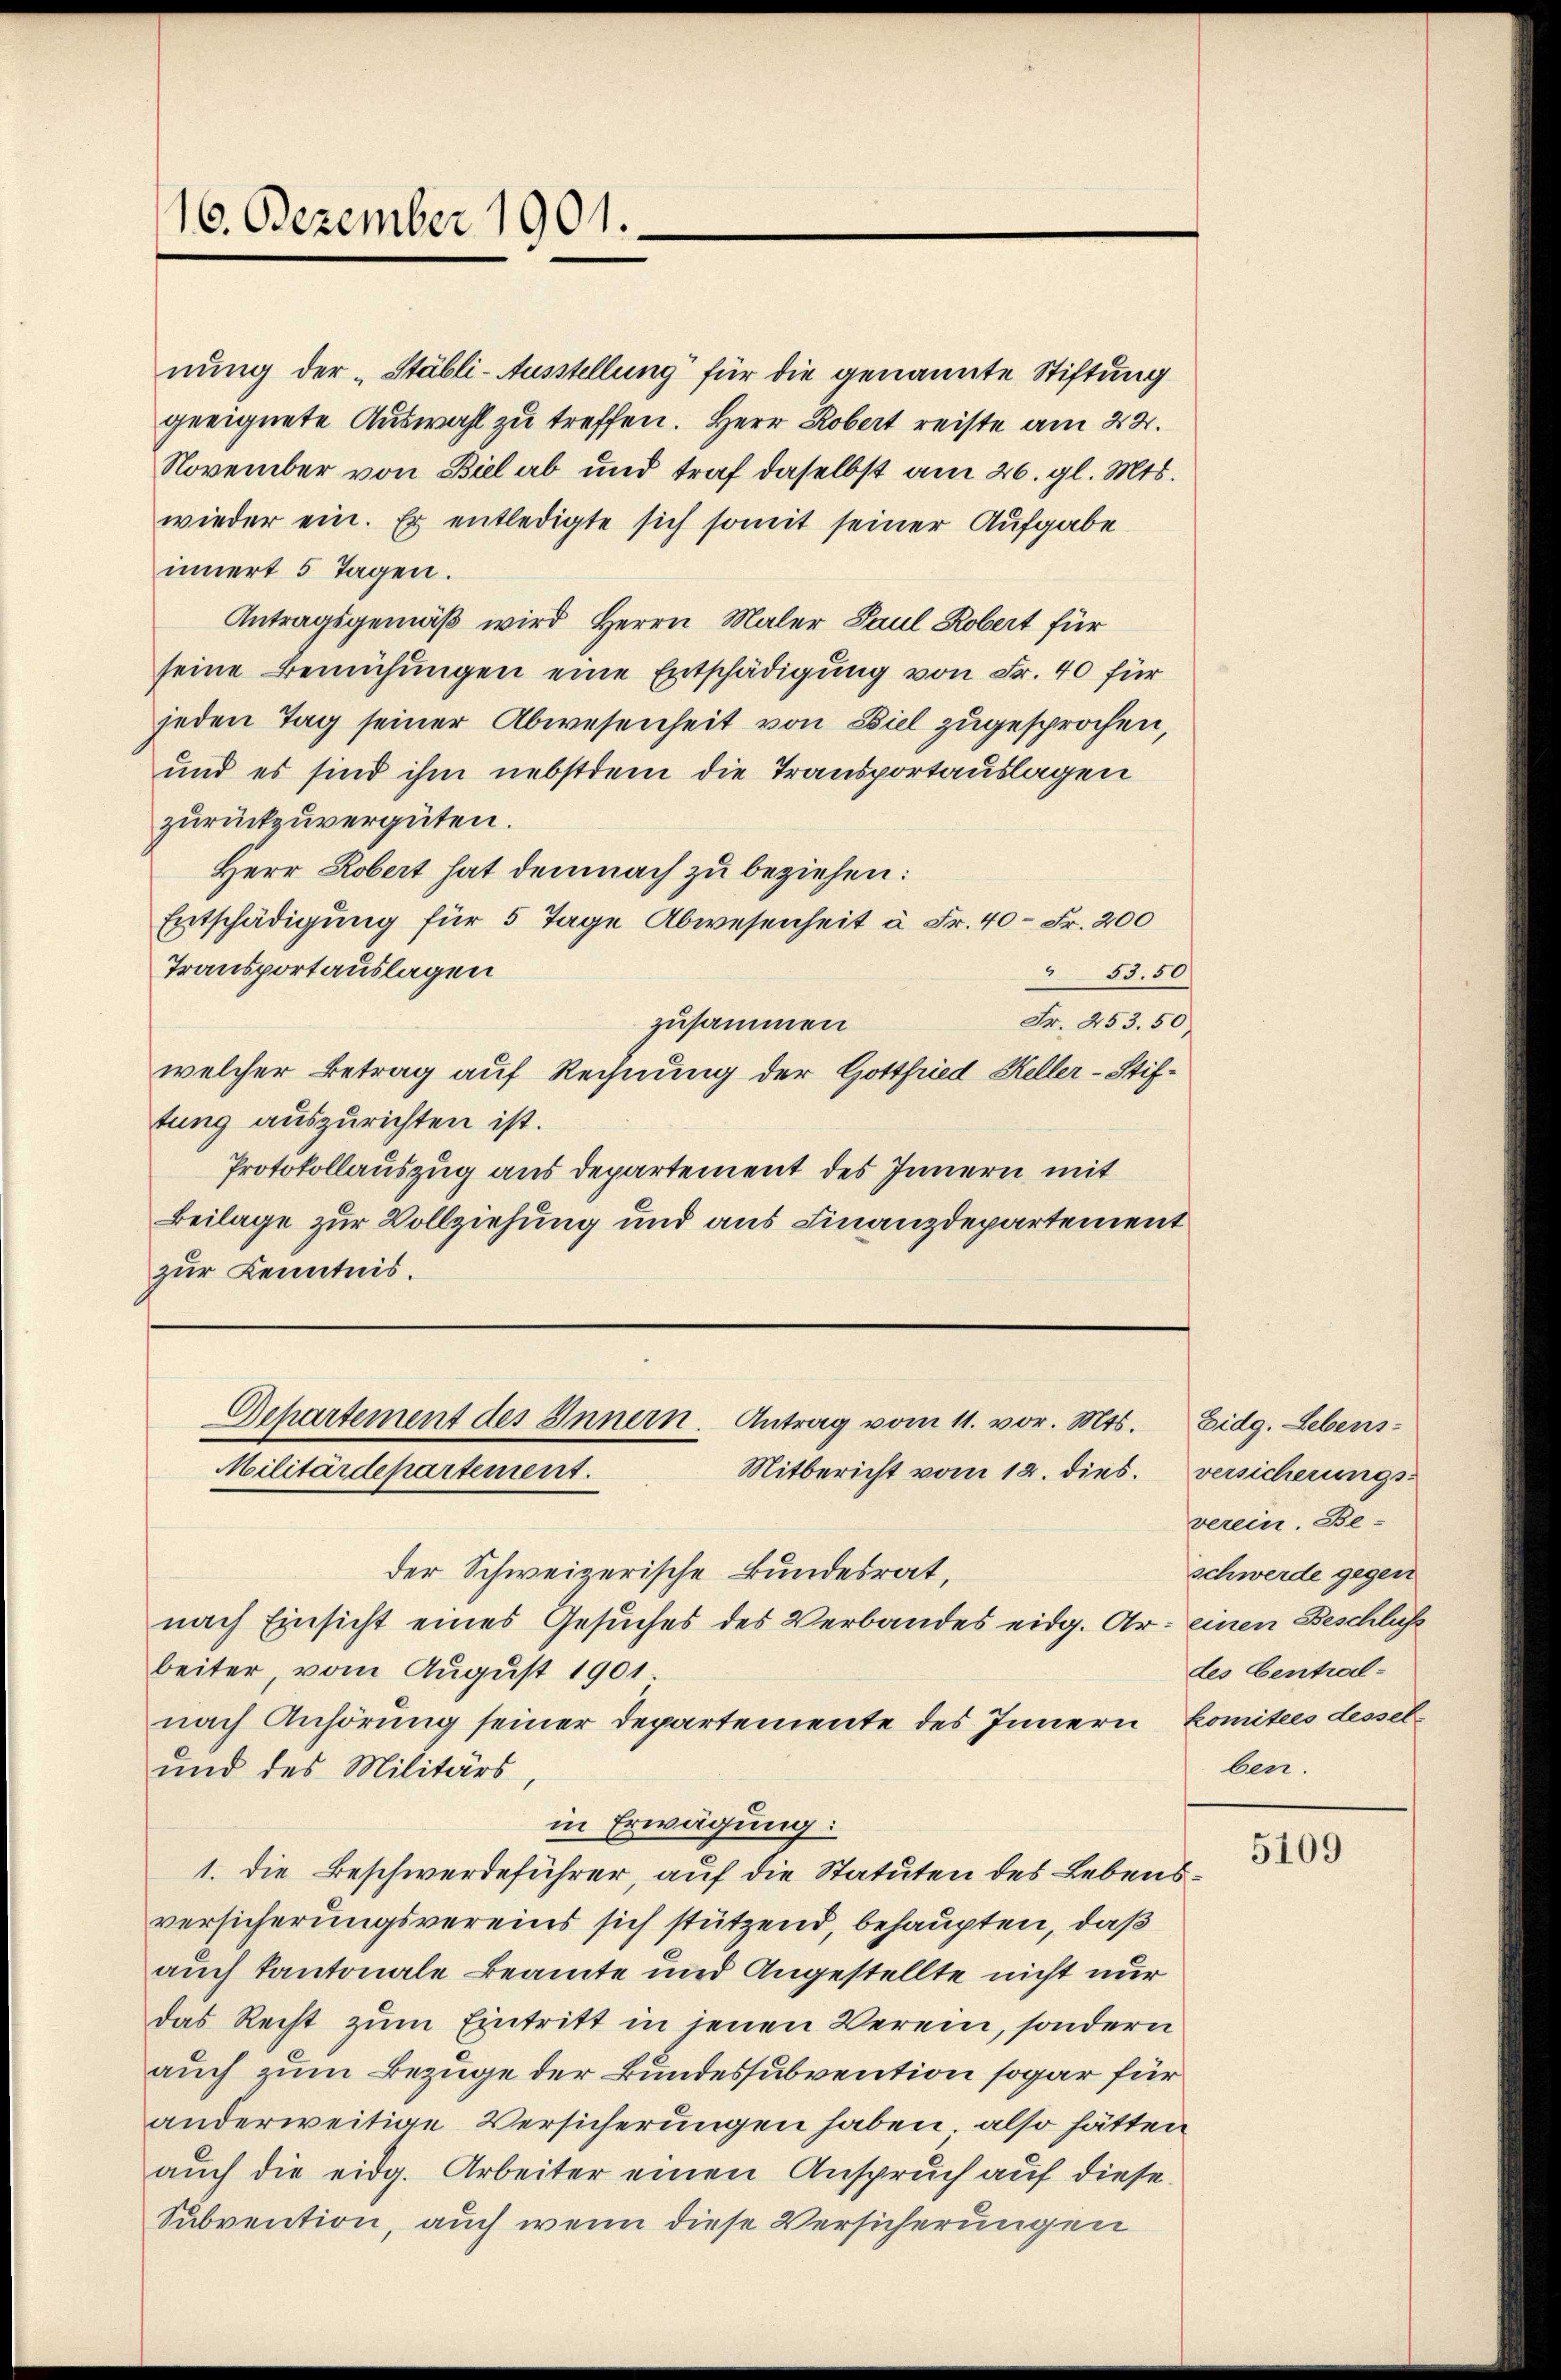
16. Dezember 1901.

nung der „Stäbli-Ausstellung für die genannte Stiftung
geeignete Auswahl zu treffen. Herr Robert reiste am 24.
November von Biel ab und traf daselbst am 26. gl. Mts.
wieder ein. Es entledigte sich somit seiner Aufgabe
innert 5 Tagen.
Antragsgemäß wird Herrn Maler Paul Robert für
seine Bemühungen eine Entschädigung von Fr. 40 für
jeden Tag seiner Abwesenheit von Biel zugesprochen,
und es sind ihm nebstdem die Transportauslagen
zurückzuvergüten.
Herr Robert hat demnach zu beziehen:
Entschädigung für 5 Tage Abwesenheit u. Fr. 40 Fr. 200
Transportauslagen
" 53.50
Fr. 453. 50
zusammen
welcher Betrag auf Rechnung der Gottfried Heller-Stiftung auszurichten ist.
Protokollauszug aus Departement des Innern mit
Beilage zur Vollziehung und aus Finanzdepartement
zur Kenntnis.

Separtement des Innern. Antrag vom 11. vor. Mts. Eidg. Lebens¬
Mitbericht vom 12. dies
Militärdepartement.

der Schweizerische Bundesrat,
nach Einsicht eines Gesuches des Verbandes eidg. Ar: einen Beschlüss
beiter, vom August 1901
nach Anhörung seiner Departemente des Innern komitees dessel¬
und des Militärs
in Erwägung:
1. Die Beschwerdeführer, auf die Statuten des Lebensversicherungsvereins sich stützend, behaupten, daß
auch kantonale Beamte und Angestellte nicht nur
das Recht zŭm Eintritt in jenen Verein, sondern
auch zum Bezuge der Bundessubvention sogar für
anderweitige Versicherungen haben, also hätten
auch die eidg. Arbeiter einen Anspruch auf diese
Subvention, auch wenn diese Versicherungen

versicherungs-
verein. Be-
schwerde gegen
des Centralben.

5109